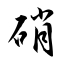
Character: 硝